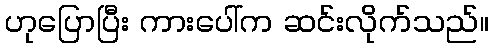
ဟုပြောပြီး ကားပေါ်က ဆင်းလိုက်သည်။